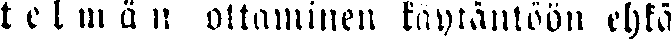
t e l m ä n ottaminen käytäntöön ehkä